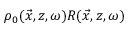
\rho _ { 0 } ( \vec { x } , z , \omega ) R ( \vec { x } , z , \omega )